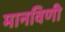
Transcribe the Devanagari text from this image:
मानविणी